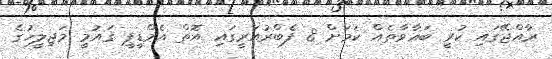
ރާއްޖޭގައި ކުރީ ބަޣާވާތެއް ކަމަށް 8 ފެބްރުއަރީގައި އޮތް އެމްޑީޕީ ޤައުމީ މަޖިލީހުގެ